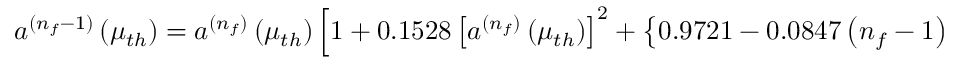
a ^ { ( n _ { f } - 1 ) } \left( \mu _ { t h } \right) = a ^ { ( n _ { f } ) } \left( \mu _ { t h } \right) \left[ 1 + 0 . 1 5 2 8 \left[ a ^ { ( n _ { f } ) } \left( \mu _ { t h } \right) \right] ^ { 2 } + \left\{ 0 . 9 7 2 1 - 0 . 0 8 4 7 \left( n _ { f } - 1 \right) \right\} \left[ a ^ { ( n _ { f } ) } \left( \mu _ { t h } \right) \right] ^ { 3 } \right]